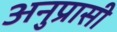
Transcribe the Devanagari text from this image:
अनुप्रासी